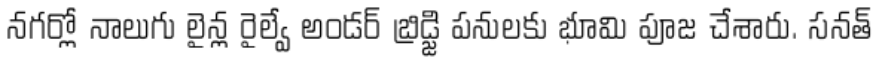
నగర్లో నాలుగు లైన్ల రైల్వే అండర్ బ్రిడ్జి పనులకు భూమి పూజ చేశారు. సనత్